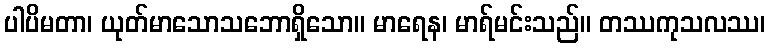
ပါပိမတာ၊ ယုတ်မာသောသဘောရှိသော။ မာရေန၊ မာရ်မင်းသည်။ တဿကုသလဿ၊